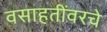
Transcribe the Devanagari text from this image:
वसाहतींवरचे